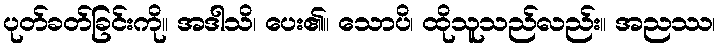
ပုတ်ခတ်ခြင်းကို။ အဒါသိ၊ ပေး၏။ သောပိ၊ ထိုသူသည်လည်း။ အညဿ၊